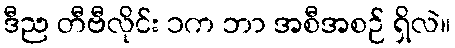
ဒီည တီဗီလိုင်း ၁က ဘာ အစီအစဉ် ရှိလဲ။